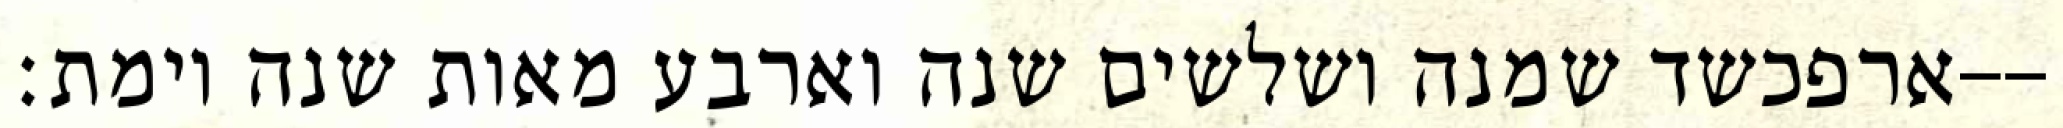
ארפכשד שמנה ושלשים שנה וארבע מאות שנה וימת׃--